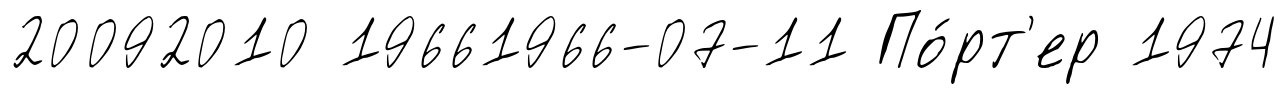
20092010 19661966-07-11 По́рт'ер 1974